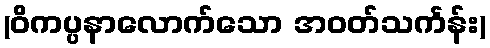
(ဝိကပ္ပနာလောက်သော အဝတ်သင်္ကန်း)